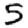
Digit: 5